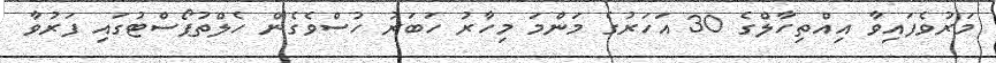
މަރުވެފައިވާ އިއްތިހާލްގެ 30 އަހަރުގެ މަންމަ މިހާރު ހަބަރު ހުސްވެގެން ހެލްތުޕޯސްޓުގައި ފަރުވާ